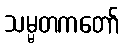
သမ္မတကတော်